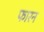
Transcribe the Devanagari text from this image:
फारन